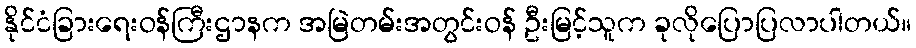
နိုင်ငံခြားရေးဝန်ကြီးဌာနက အမြဲတမ်းအတွင်းဝန် ဦးမြင့်သူက ခုလိုပြောပြလာပါတယ်။